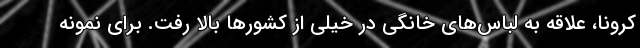
کرونا، علاقه به لباس‌های خانگی در خیلی از کشورها بالا رفت. برای نمونه